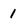
Character: 1